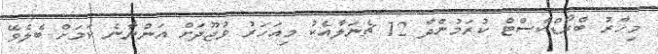
މިހާރު ބްރޯޑްކާސްޓް ކުރަމުންދާ 12 ޗެނަލާއެކު މިއަހަރު ވުޖޫދަށް އަންނާނެ ކަމަށް ބެލެވޭ